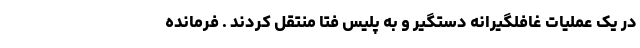
در یک عملیات غافلگیرانه دستگیر و به پلیس فتا منتقل کردند . فرمانده